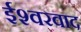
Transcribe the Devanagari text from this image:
ईश्‍वरवाद